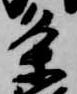
条